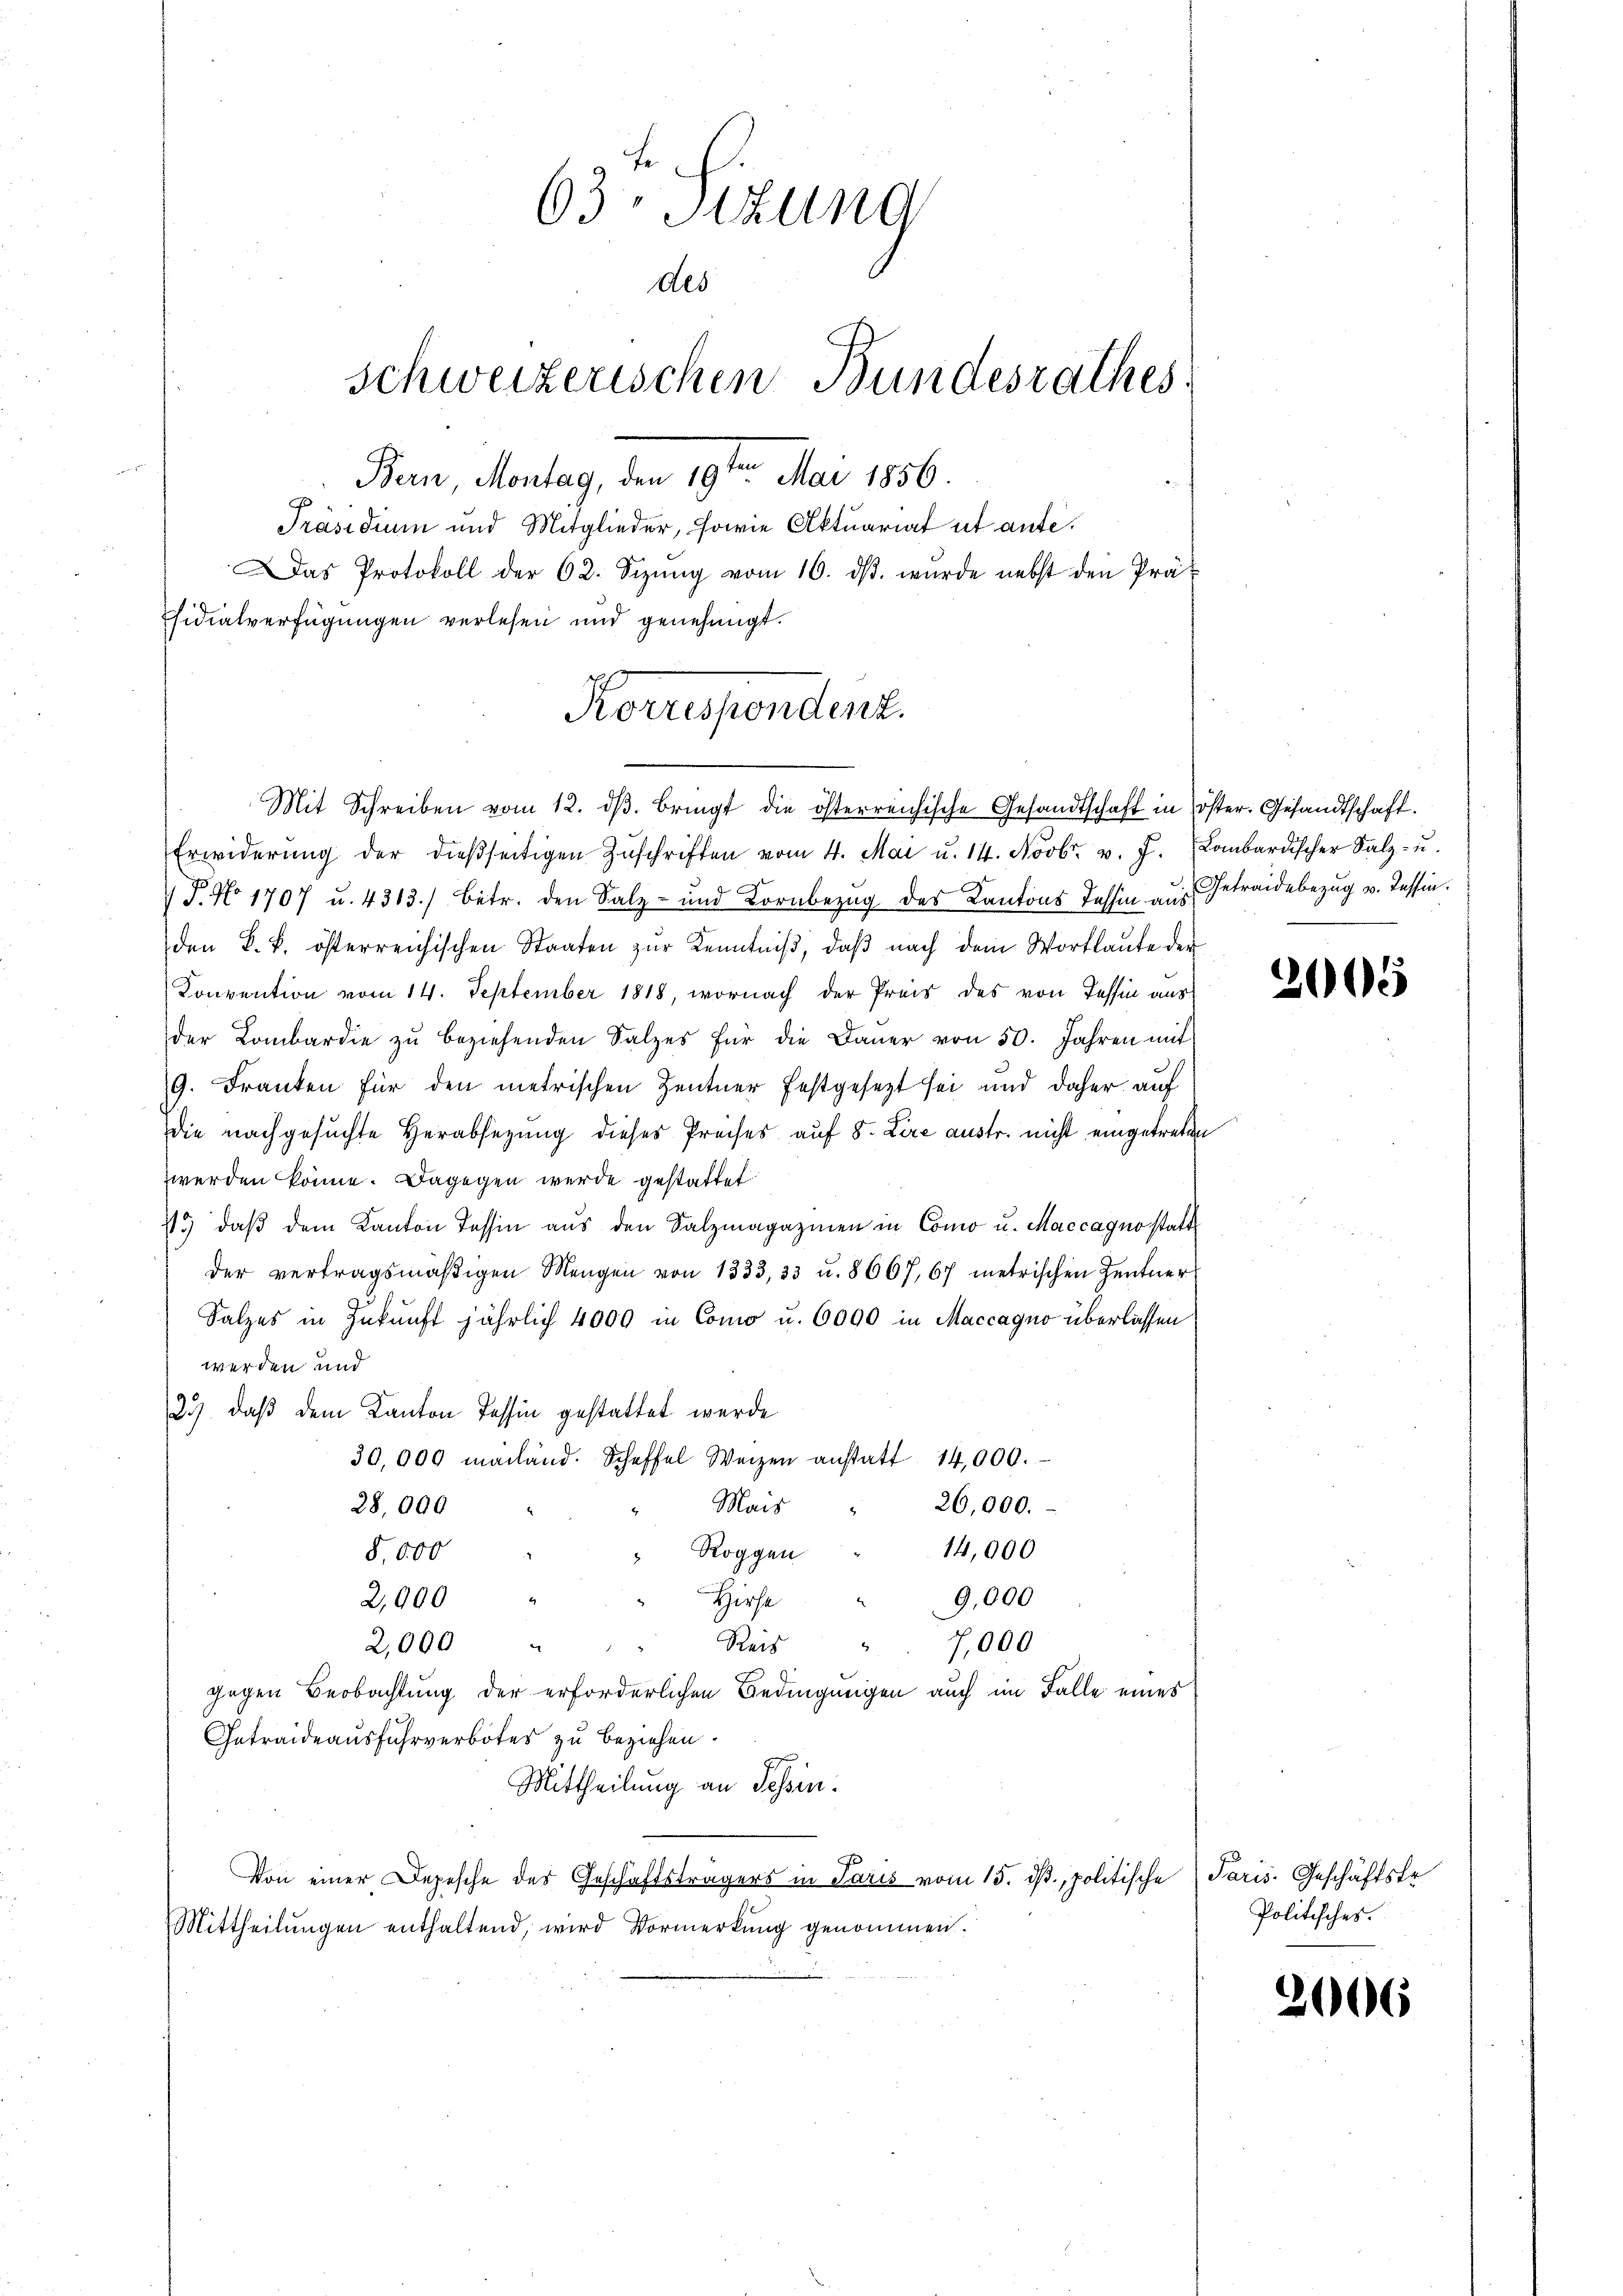
63 Sizung
des
schweizerischen Bundesrathes
Ban, Montag, den 19ten Mai 1856.
Präsidium und Mitglieder, sowie Aktuariat ut aufe¬
Das Protokoll der 62. Sizŭng vom 16. dβ. wŭrde nebst den Prä-
sidialverfügungen verlesen und genehmigt.

Koruspendent.
Mit Schreiben vom 12. dβ. bringt die österreichische Gesandtschaft in öster. Gesandtschaft.

Erwiderŭng der dießseitigen Zŭschriften vom 4. Mai u. 14. Novbr. v. J. Lombardischer Salz- u.
 P. No 1707 u. 4313.) Betr. den Salz- und Kornbezug des Kantons Tessin aus Getreidebezug v. Tessin.
den k. k. österreichischen Staaten zŭr Kenntniβ, daβ nach dem Wortlaute der
Konvention vom 14. September 1818, wornach der Preis des von Tessin aus
der Lombardie zŭ beziehenden Salzes für die Daŭer von 50. Jahren mit
9. Franken für den metrischen Zentner festgesezt sei und daher auf
die nachgesuchte Herabsetzung dieses Preises auf 8. Lire austr. nicht eingetreten
werden könne. Dagegen werde gestattet
1. daβ dem Kanton Tessin aus den Salzmagazinen in Como u. Maccagno statt
der vertragsmäβigen Mengen von 1333, 33 u. 8667,67 metrischen Zentner
Salzes in Zukunft jährlich 4000 in Como u. 6000 in Maccagno überlassen
werden und
23), daß dem Kanton Tessin gestattet werde
30,000 maland. Schaffel Weizen anstatt 14,000.
Mais
28,000
26,000.
14,000
Roggen
8,000
Hirs
2,000
9,000
Reis
2,000
e
7,000
gegen Beobachtung der erforderlichen Bedingungen auch im Falle eines
Getraideausfuhrverbotes zu beziehen.
Mittheilung an Tessin.
Von einer Depesche des Geschäftsträgers in Paris vom 15. dß., politische Paris. Geschäftste
Mittheilungen enthaltend, wird Vormerkung genommen.

2005

Politisches.

3006